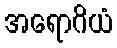
အရောဂိယံ